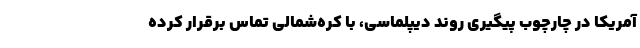
آمریکا در چارچوب پیگیری روند دیپلماسی، با کره‌شمالی تماس برقرار کرده